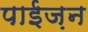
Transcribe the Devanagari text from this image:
पाईज़न